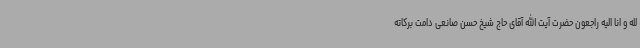
لله و انا الیه راجعون حضرت آیت الله آقای حاج شیخ حسن صانعی دامت برکاته